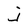
Character: j